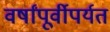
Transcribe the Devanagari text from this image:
वर्षांपूर्वीपर्यत